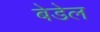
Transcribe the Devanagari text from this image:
बेडेल